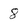
Character: 8